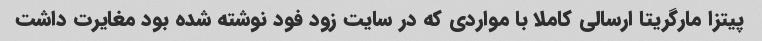
پیتزا مارگریتا ارسالی کاملا با مواردی که در سایت زود فود نوشته شده بود مغایرت داشت